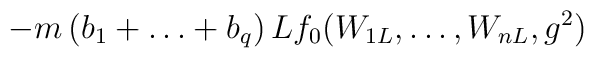
-m\left(b_1+\ldots+b_q\right)Lf_0(W_{1L},\ldots,W_{nL},g^2)